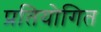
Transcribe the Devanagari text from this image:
प्रतियोगित